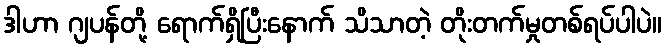
ဒါဟာ ဂျပန်တို့ ရောက်ရှိပြီးနောက် သိသာတဲ့ တိုးတက်မှုတစ်ရပ်ပါပဲ။